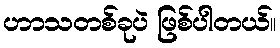
ဟာသတစ်ခုပဲ ဖြစ်ပါတယ်။